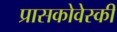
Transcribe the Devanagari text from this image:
प्रासकोवेस्की